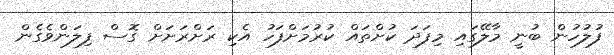
ފުލުހުން ބުނީ މާލޭގައި މިފަދަ ކުށްތައް ކުރުމަށްފަހު އެކި ރަށްރަށަށް ގޮސް ފިލަންވެގެން